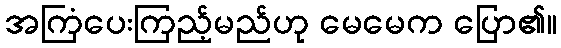
အကြံပေးကြည့်မည်ဟု မေမေက ပြော၏။